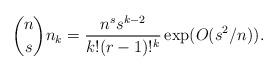
LaTeX: \begin{align*} \binom{n}{s} n_k = \frac{n^s s^{k-2}}{k!(r-1)!^k} \exp(O(s^2/n)).\end{align*}